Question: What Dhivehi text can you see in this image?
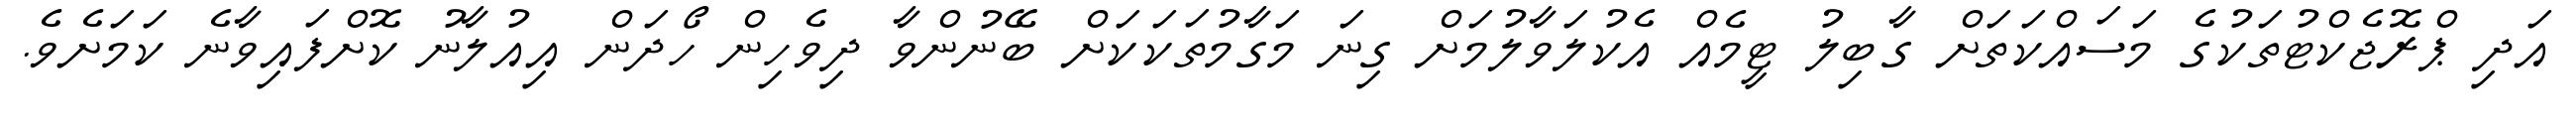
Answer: އަދި ޕްރޮޖެކްޓުތަކުގެ މަސައްކަތަށް ގާބިލު ޓީމެއް އެކުލަވާލުމަށް ގިނަ މަގާމުތަކަކަށް ބޭނުންވާ ދިވެހިން ހޯދަން އިއުލާނު ކޮށްފައިވާނެ ކަމަށެވެ.